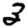
Digit: 3